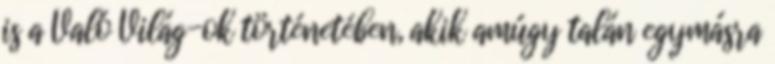
is a Való Világ-ok történetében, akik amúgy talán egymásra